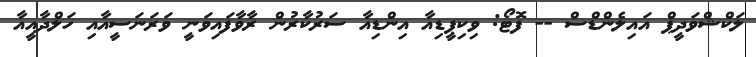
ލަކްޝްވަދީޕް އައިލެންޑްސް -- ފޮޓޯ: ވިކިޕީޑިއާ އިންޑިއާ ސަރުކާރުން ރާވާފައިވަނީ ވަރަނަސީއާއި ހަލްދާއީއާ